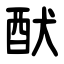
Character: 䣭